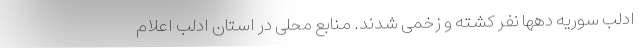
ادلب سوریه دهها نفر کشته و زخمی شدند. منابع محلی در استان ادلب اعلام